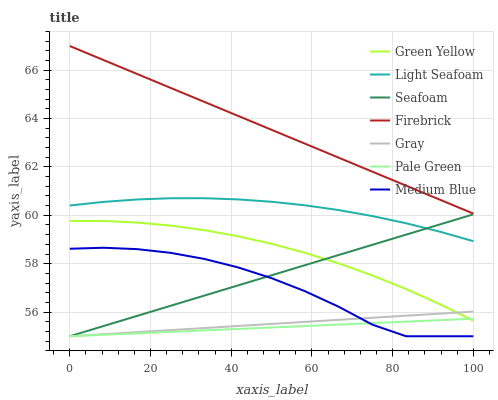
| xaxis_label | Green Yellow | Light Seafoam | Seafoam | Firebrick | Gray | Pale Green | Medium Blue |
 | --- | --- | --- | --- | --- | --- | --- | --- |
 | 0 | 59.8 | 60.4 | 55 | 67 | 55 | 55 | 58.6 |
 | 8.33 | 59.8 | 60.6 | 55.4 | 66.4 | 55.1 | 55.1 | 58.7 |
 | 16.7 | 59.7 | 60.7 | 55.8 | 65.8 | 55.2 | 55.1 | 58.6 |
 | 25 | 59.6 | 60.7 | 56.3 | 65.3 | 55.3 | 55.2 | 58.4 |
 | 33.3 | 59.4 | 60.7 | 56.7 | 64.7 | 55.3 | 55.2 | 58.2 |
 | 41.7 | 59.1 | 60.7 | 57.1 | 64.1 | 55.4 | 55.3 | 57.8 |
 | 50 | 58.8 | 60.6 | 57.5 | 63.5 | 55.5 | 55.4 | 57.4 |
 | 58.3 | 58.4 | 60.4 | 57.9 | 63 | 55.6 | 55.4 | 56.9 |
 | 66.7 | 58 | 60.2 | 58.4 | 62.4 | 55.7 | 55.5 | 56.2 |
 | 75 | 57.5 | 60 | 58.8 | 61.8 | 55.8 | 55.5 | 55.5 |
 | 83.3 | 57 | 59.7 | 59.2 | 61.2 | 55.8 | 55.6 | 55 |
 | 91.7 | 56.3 | 59.3 | 59.6 | 60.6 | 55.9 | 55.7 | 55 |
 | 100 | 55.6 | 58.9 | 60 | 60.1 | 56 | 55.7 | 55 |